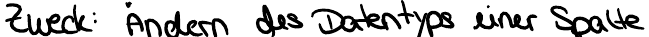
Zweck: Ändern des Datentyps einer Spalte